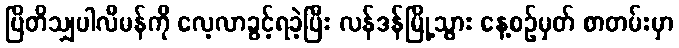
ဗြိတိသျှပါလီမန်ကို လေ့လာခွင့်ရခဲ့ပြီး လန်ဒန်မြို့သွား နေ့စဉ်မှတ် စာတမ်းမှာ